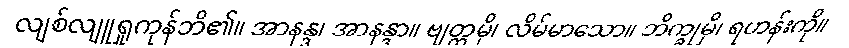
လျစ်လျူရှုကုန်ဘိ၏။ အာနန္ဒ၊ အာနန္ဒာ။ ဗျတ္တမှိ၊ လိမ်မာသော။ ဘိက္ခုမှိ၊ ရဟန်းကို။